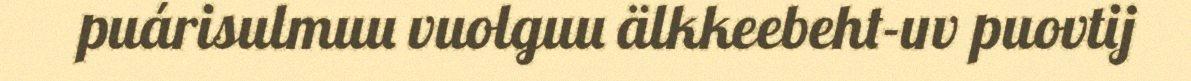
puárisulmuu vuolguu älkkeebeht-uv puovtij